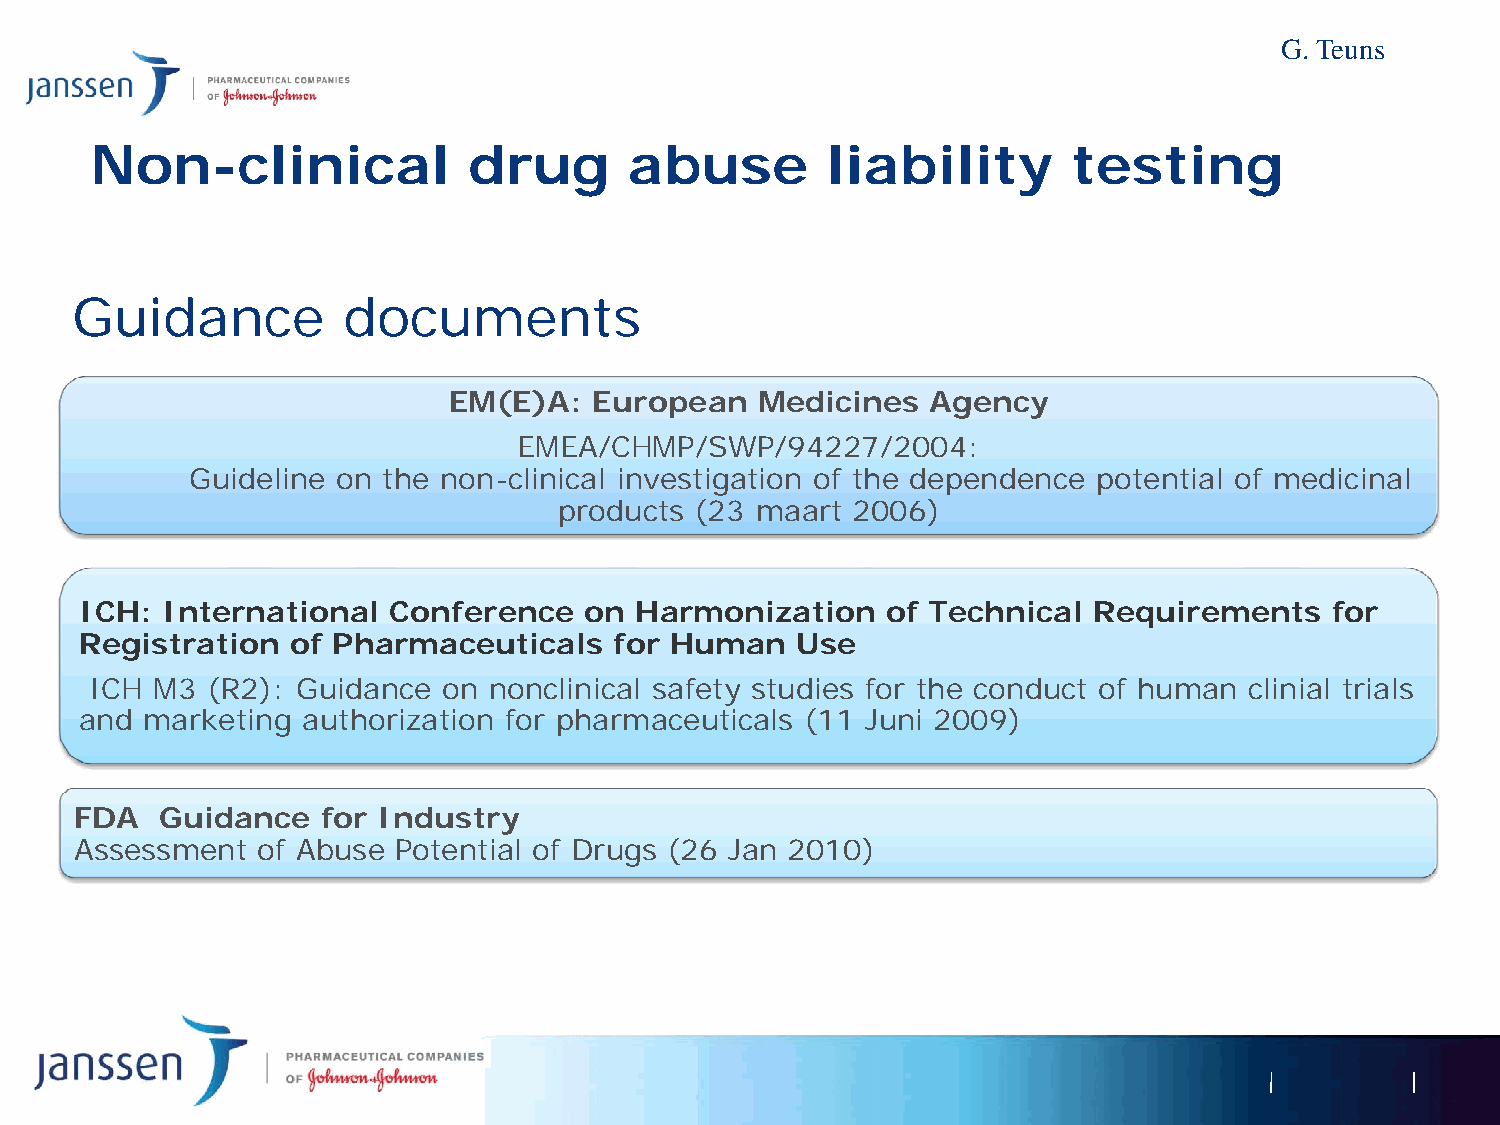
G. Teuns
 Non-clinical             drug       abuse        liability       testing
 Guidance          documents
 EM(E)A:  European   Medicines   Agency
 EMEA/CHMP/SWP/94227/2004:
 Guideline on the non-clinical investigation of the dependence potential of medicinal
 products (23 maart 2006)
 ICH:  International  Conference   on Harmonization    of Technical Requirements    for
 Registration  of Pharmaceuticals    for Human   Use
 ICH M3  (R2): Guidance on nonclinical safety studies for the conduct of human clinial trials
 and marketing  authorization for pharmaceuticals (11 Juni 2009)
 FDA   Guidance  for Industry
 Assessment  of Abuse Potential of Drugs (26 Jan 2010)